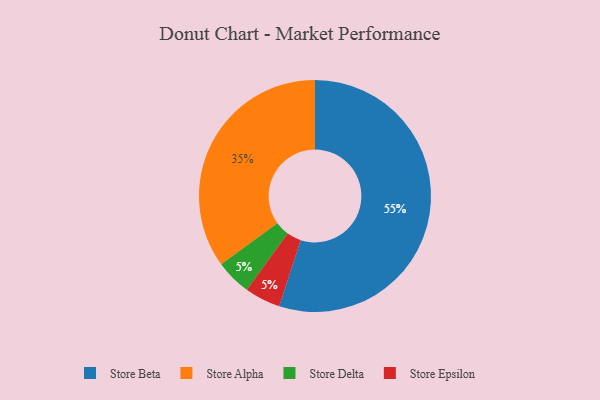
{"axis": {"x": "Category", "y": "Percentage"}, "legend": ["Store Alpha", "Store Beta", "Store Delta", "Store Epsilon"], "data": [{"x": "Store Delta", "y": 5, "type": "Store Delta"}, {"x": "Store Beta", "y": 55, "type": "Store Beta"}, {"x": "Store Alpha", "y": 35, "type": "Store Alpha"}, {"x": "Store Epsilon", "y": 5, "type": "Store Epsilon"}]}